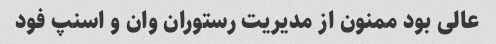
عالی بود ممنون از مدیریت رستوران وان و اسنپ فود